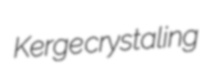
Kerge crystaling